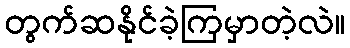
တွက်ဆနိုင်ခဲ့ကြမှာတဲ့လဲ။